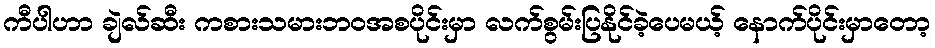
ကီပါဟာ ချဲလ်ဆီး ကစားသမားဘဝအစပိုင်းမှာ လက်စွမ်းပြနိုင်ခဲ့ပေမယ့် နောက်ပိုင်းမှာတော့